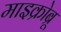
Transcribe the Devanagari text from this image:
माइक्रोब्रू